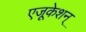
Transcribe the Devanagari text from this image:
एजूकेशन्